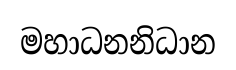
මහාධනනිධාන